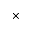
\times